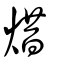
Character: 焟